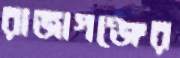
রাজাগঞ্জের